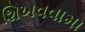
શિખવવામા